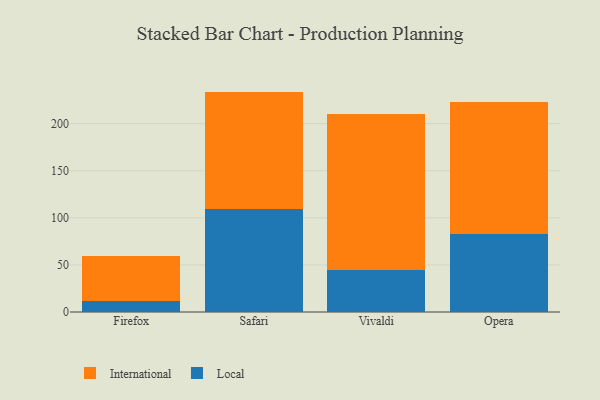
{"axis": {"x": "Browser", "y": "Population (Million)"}, "legend": ["International", "Local"], "data": [{"x": "Firefox", "y": 11.9, "type": "Local"}, {"x": "Firefox", "y": 48.0, "type": "International"}, {"x": "Safari", "y": 109.2, "type": "Local"}, {"x": "Safari", "y": 124.8, "type": "International"}, {"x": "Vivaldi", "y": 45.1, "type": "Local"}, {"x": "Vivaldi", "y": 164.6, "type": "International"}, {"x": "Opera", "y": 82.7, "type": "Local"}, {"x": "Opera", "y": 140.2, "type": "International"}]}